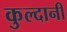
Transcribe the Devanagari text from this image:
कुल्दानी